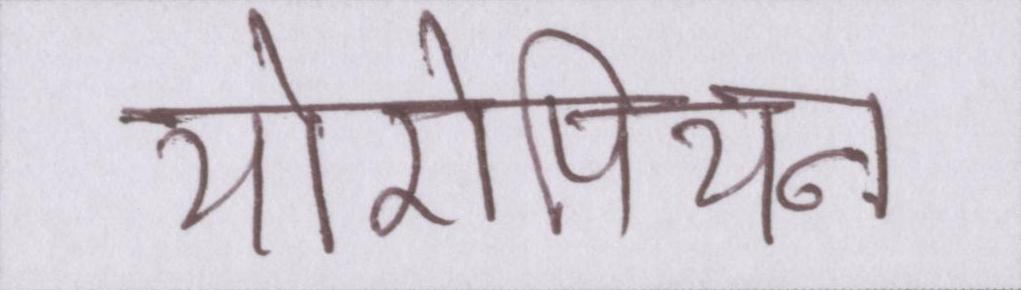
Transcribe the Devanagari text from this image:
योरोपियन